Civil Veterinary Dept. Bombay admin report 1932-41 - 1932-1941
Year: 1932
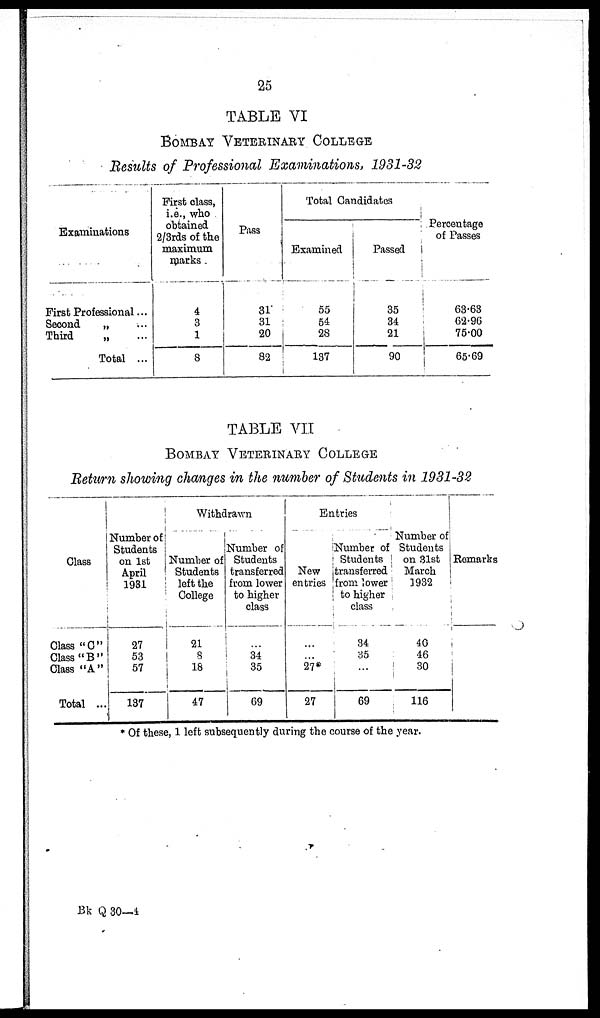
25
TABLE VI
BOMBAY VERERINARY COLLEGE
Results of Professional Examinations, 1931-32
Examinations
First Professional ...
Second
„ ...
Third
„ ...
Total ...
First class,
i.e., who
obtained
2/3rds of the
maximum
marks.
4
3
1
8
Pass
31
31
20
82
Total Candidates
Examined
55
54
28
137
Passed
35
34
21
90
Percentage
of Passes
63.63
62.96
75.00
65.69
TABLE VII
BOMBAY VETERINARY COLLEGE
Return showing changes in the number of Students in 1931-32
Class
Class "C"
Class "B"
Class "A"
Total ...
Number of
Students
on 1st
April
1931
27
53
57
137
Withdrawn
Number of
Students
left the
College
21
8
18
47
Number of
Students
transferred
from lower
to higher
class
...
34
35
69
Entries
New
entries
...
27*
27
Number of
Students
transferred
from lower
to higher
class
34
35
...
69
Number of
Students
on 31st
March
1932
40
46
30
116
Remarks
* Of these, 1 left subsequently during the course of the year.
Bk Q 30—4